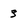
Character: 3